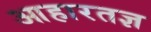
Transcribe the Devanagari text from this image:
आहारतज्ञ